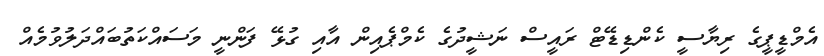
އެމްޑީޕީގެ ރިޔާސީ ކެންޑިޑޭޓް ރައީސް ނަޝީދުގެ ކެމްޕެއިން އާއި ގުޅޭ ފަންނީ މަސައްކަތުބައްދަލުވުމެއް